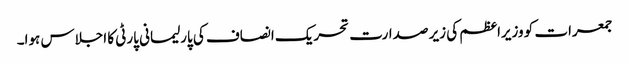
جمعرات کو وزیراعظم کی زیر صدارت تحریک انصاف کی پارلیمانی پارٹی کا اجلاس ہوا۔